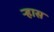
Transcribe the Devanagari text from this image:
ऱ्हास